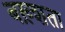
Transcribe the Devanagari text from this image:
बख़्शता